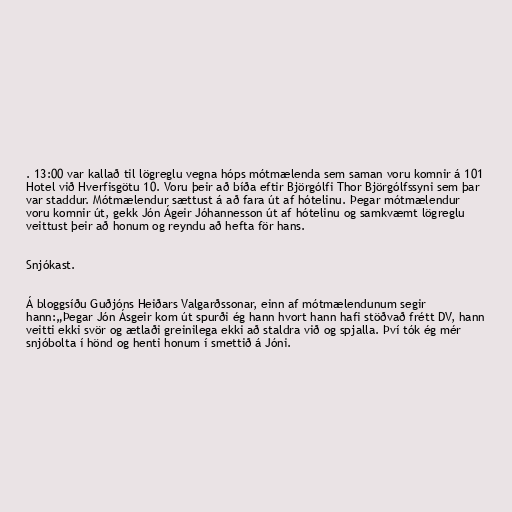
. 13:00 var kallað til lögreglu vegna hóps mótmælenda sem saman voru komnir á 101
Hotel við Hverfisgötu 10. Voru þeir að bíða eftir Björgólfi Thor Björgólfssyni sem þar
var staddur. Mótmælendur sættust á að fara út af hótelinu. Þegar mótmælendur
voru komnir út, gekk Jón Ágeir Jóhannesson út af hótelinu og samkvæmt lögreglu
veittust þeir að honum og reyndu að hefta för hans.

Snjókast.

Á bloggsíðu Guðjóns Heiðars Valgarðssonar, einn af mótmælendunum segir
hann:„Þegar Jón Ásgeir kom út spurði ég hann hvort hann hafi stöðvað frétt DV, hann
veitti ekki svör og ætlaði greinilega ekki að staldra við og spjalla. Því tók ég mér
snjóbolta í hönd og henti honum í smettið á Jóni.